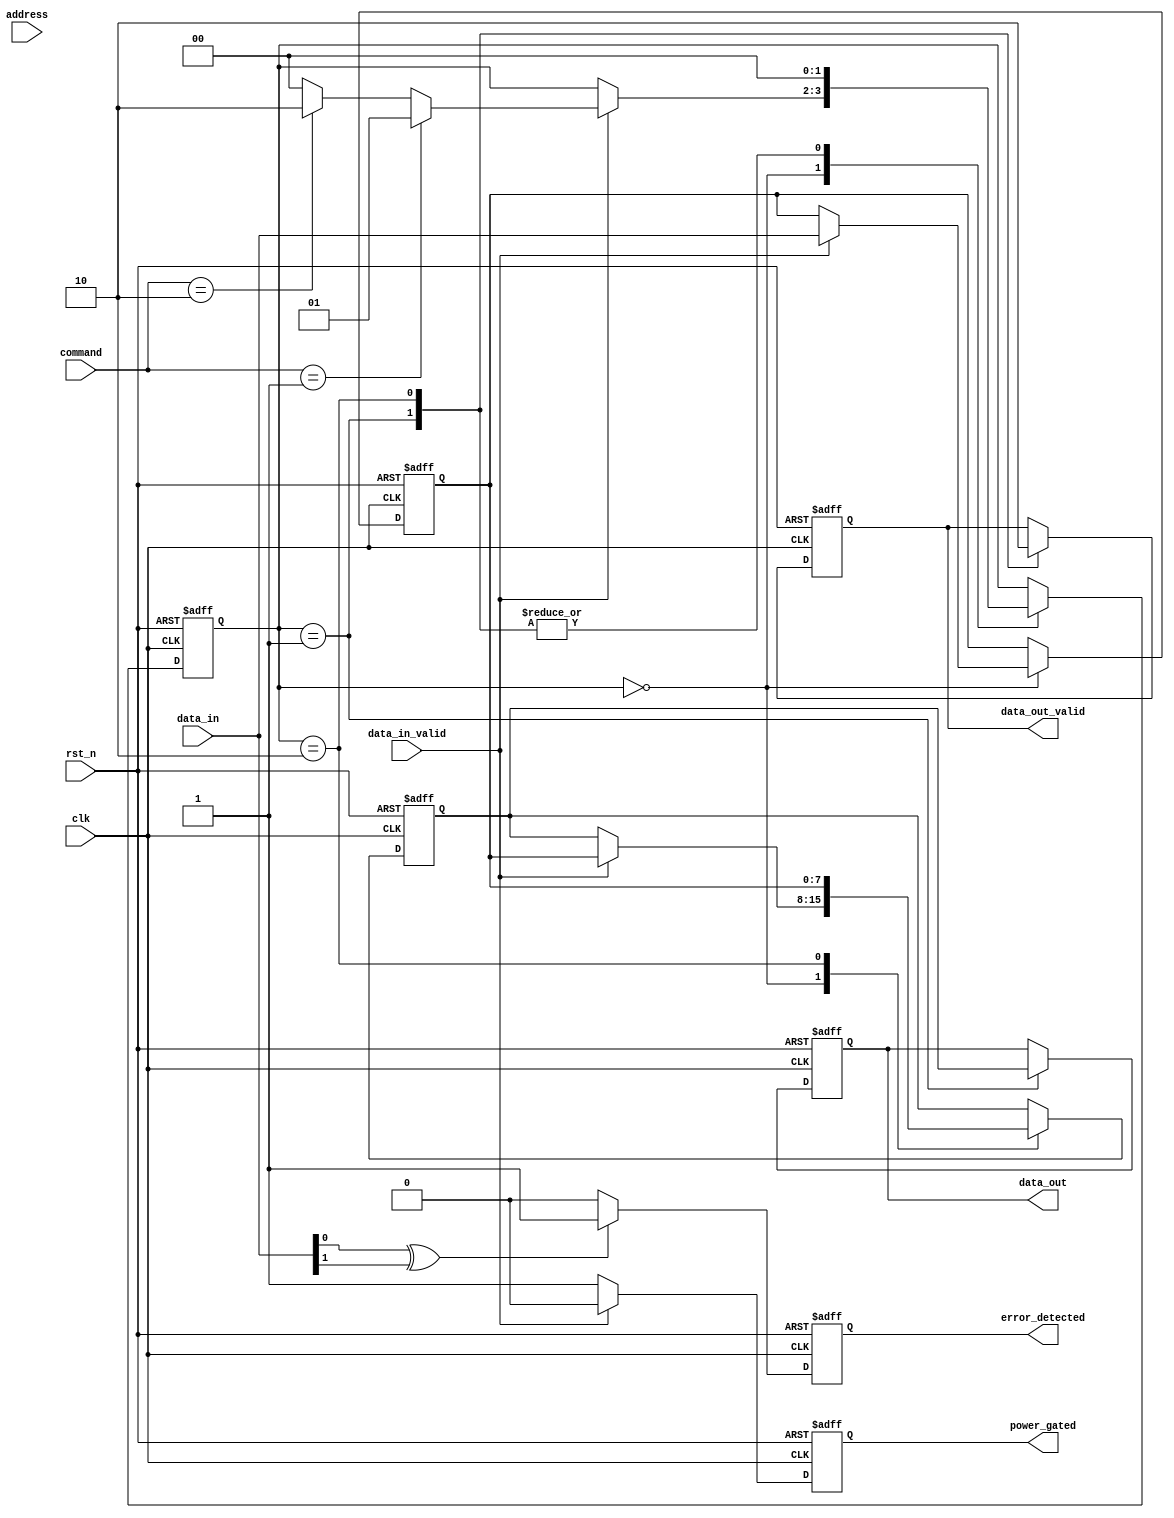
module IO_Block (
    input wire clk,                  // Clock input
    input wire rst_n,                // Active low reset
    input wire [7:0] data_in,        // Input data from external controller
    input wire data_in_valid,        // Data valid signal
    output reg [7:0] data_out,       // Output data to external controller
    output reg data_out_valid,       // Data output valid signal
    input wire [3:0] command,        // Command signal (e.g., read, write)
    input wire [15:0] address,       // Address input
    output reg power_gated,          // Power gating control
    output reg error_detected         // Error detection signal
);

// Internal signals
reg [7:0] data_latch;              // Data latch for incoming data
reg [7:0] serialized_data;         // Serialized data for transmission
reg [7:0] deserialized_data;       // Deserialized data from serial
reg [3:0] command_decoded;         // Decoded command
reg [15:0] address_latch;          // Address latch for storing address
reg [1:0] state;                   // State for FSM

// State encoding
localparam IDLE       = 2'b00,
           READ       = 2'b01,
           WRITE      = 2'b10;

// Data I/O Buffers
always @(posedge clk or negedge rst_n) begin
    if (!rst_n) begin
        data_latch <= 8'b0;
        serialized_data <= 8'b0;
        data_out <= 8'b0;
        data_out_valid <= 1'b0;
        command_decoded <= 4'b0;
        address_latch <= 16'b0;
        state <= IDLE;
        power_gated <= 1'b1; // Initialize power gated
        error_detected <= 1'b0;
    end else begin
        // Power management logic
        if (data_in_valid) begin
            power_gated <= 1'b0; // Power on when data is valid
        end else begin
            power_gated <= 1'b1; // Power off when idle
        end
        
        // Command Decoder and State Machine
        case (state)
            IDLE: begin
                if (data_in_valid) begin
                    data_latch <= data_in; // Capture incoming data
                    serialized_data <= data_latch; // Assume simple serialization
                    command_decoded <= command; // Capture command
                    address_latch <= address; // Capture address
                    state <= (command == 4'b0001) ? READ : // Read command
                             (command == 4'b0010) ? WRITE : IDLE; // Write command
                end
            end
            
            READ: begin
                // Simulate read operation
                data_out <= serialized_data; // Send serialized data
                data_out_valid <= 1'b1; // Indicate data is valid
                state <= IDLE; // Return to idle
            end
            
            WRITE: begin
                // Simulate write operation
                serialized_data <= data_latch; // Assume data is written to cells
                data_out_valid <= 1'b0; // Reset output valid
                state <= IDLE; // Return to idle
            end
        endcase
        
        // Error Detection Logic (Example)
        if (data_in[0] ^ data_in[1]) begin // Simple parity check
            error_detected <= 1'b1; // Error detected
        end else begin
            error_detected <= 1'b0; // No error
        end
    end
end

endmodule